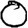
Digit: 0